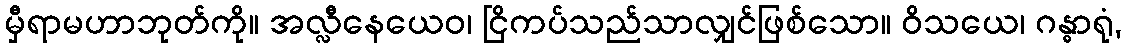
မှီရာမဟာဘုတ်ကို။ အလ္လီနေယေဝ၊ ငြိကပ်သည်သာလျှင်ဖြစ်သော။ ဝိသယေ၊ ဂန္ဓာရုံ,